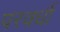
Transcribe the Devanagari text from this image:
परवर्धी